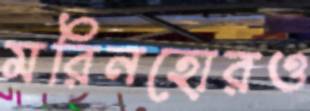
মরিনহোরও